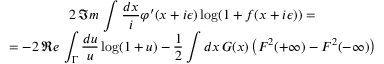
\begin{array} { c } { { 2 \, \Im m \, \displaystyle \int \displaystyle \frac { d x } { i } \varphi ^ { \prime } ( x + i \epsilon ) \log ( 1 + f ( x + i \epsilon ) ) = } } \\ { { = - 2 \, \Re e \, \displaystyle \int _ { \Gamma } \displaystyle \frac { d u } { u } \log ( 1 + u ) - \displaystyle \frac { 1 } { 2 } \displaystyle \int d x \, G ( x ) \left( F ^ { 2 } ( + \infty ) - F ^ { 2 } ( - \infty ) \right) } } \end{array}